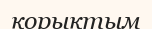
қорықтым